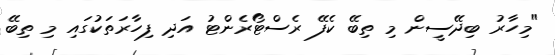
"މިހާރު ބިދޭސީން މި ތިބޭ ކެފޭ ރެސްޓޯރެންޓު އަދި ފިހާރަތަކުގައި މި ތިބޭ